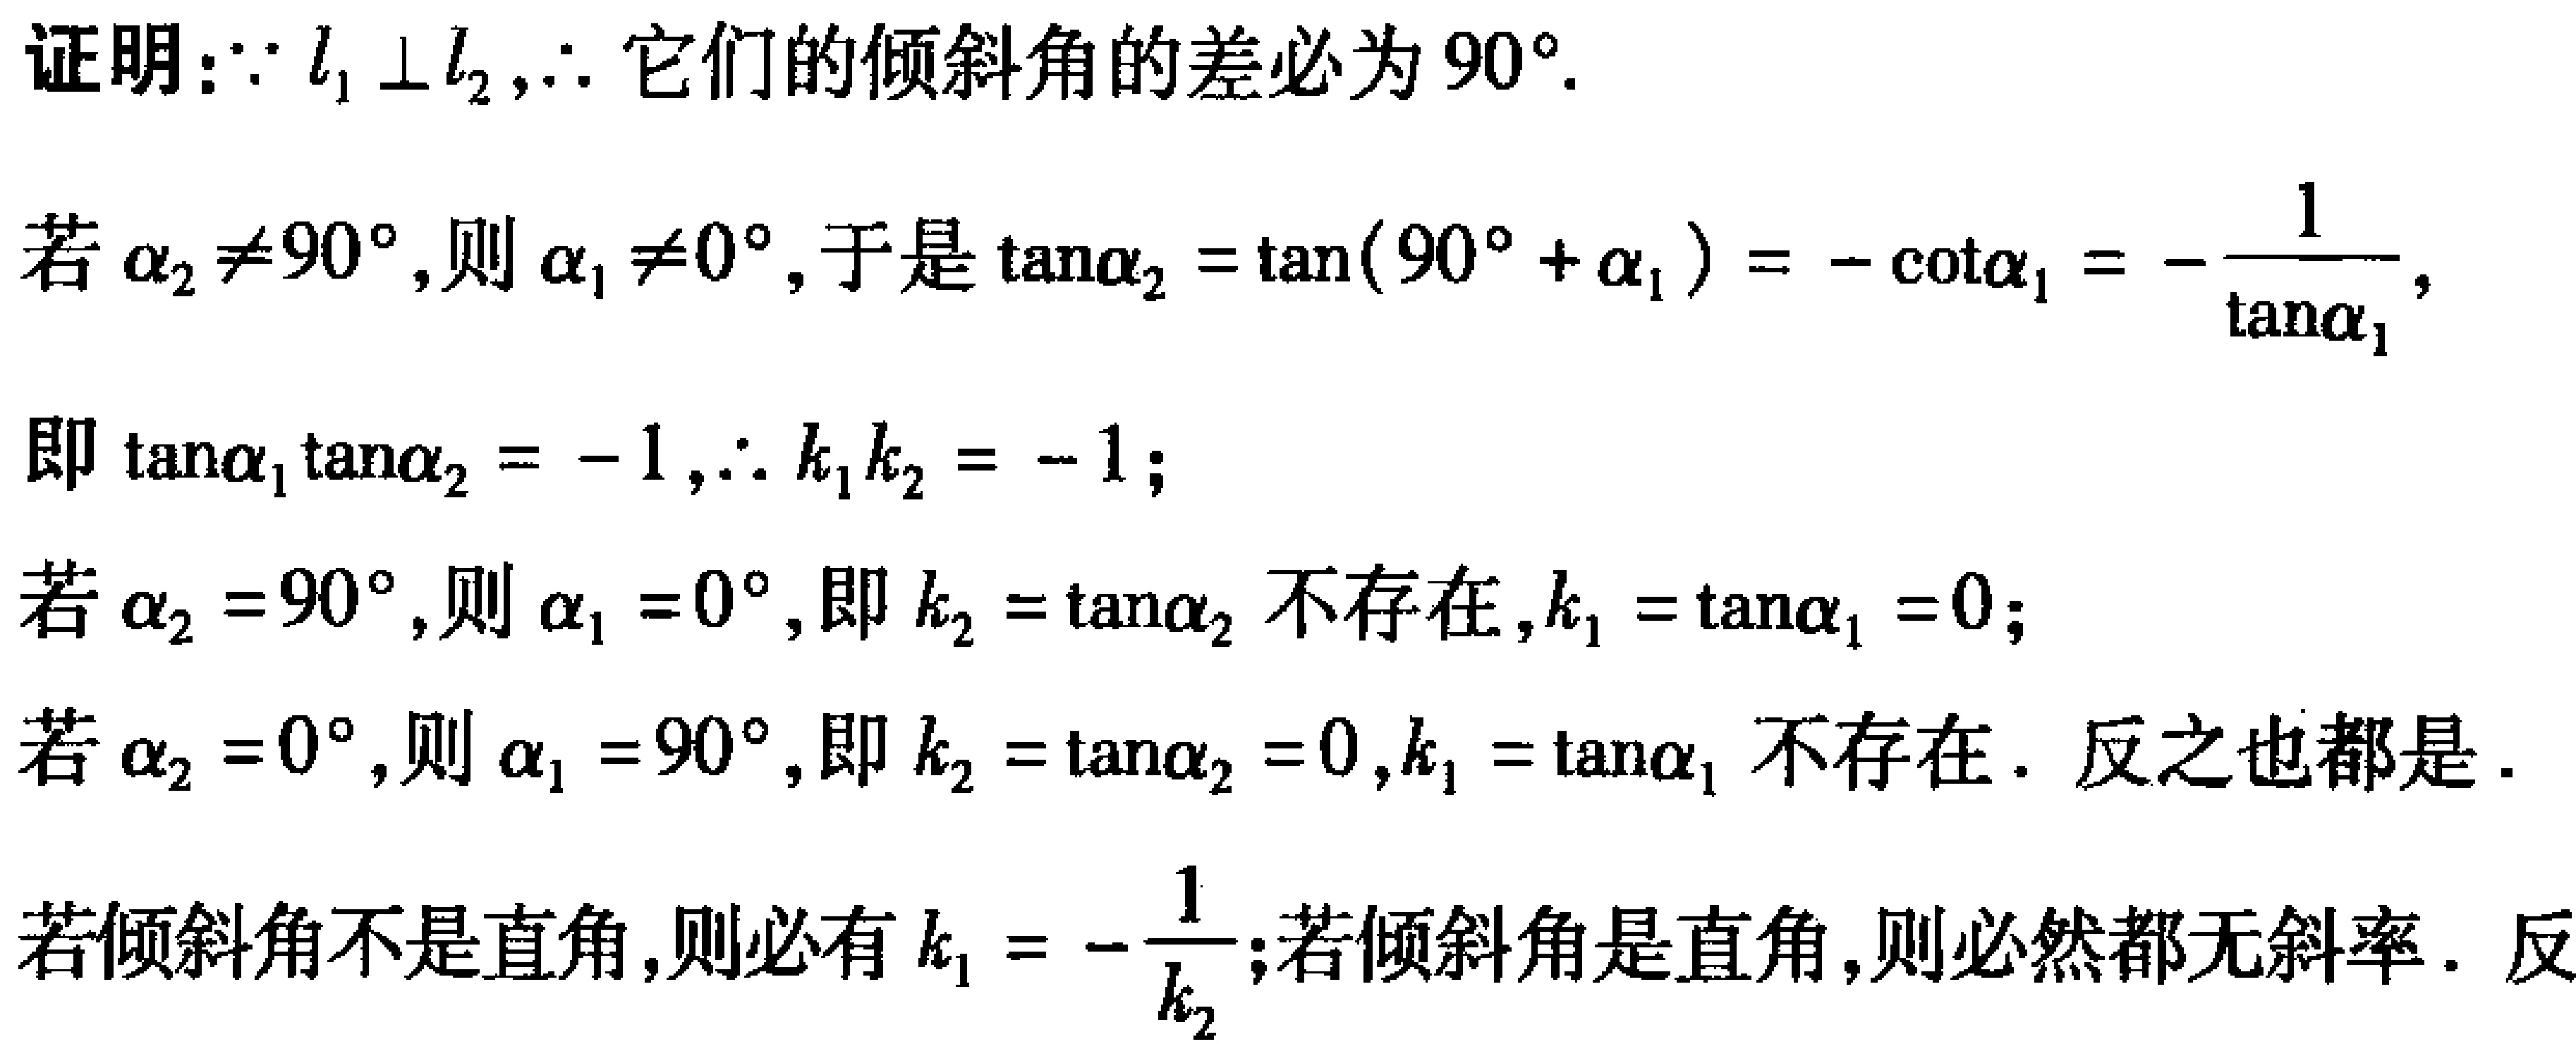
证明：$\because l_1\perp l_2$,$\therefore$ 它们的倾斜角的差必为 $90^{\circ}$.
若 $\alpha_2\neq90^{\circ}$,则 $\alpha_1\neq0^{\circ}$,于是 $\tan\alpha_2 = \tan(90^{\circ}+\alpha_1)=-\cot\alpha_1 = -\frac{1}{\tan\alpha_1}$,
即 $\tan\alpha_1\tan\alpha_2 = -1$,$\therefore k_1k_2 = -1$;
若 $\alpha_2 = 90^{\circ}$,则 $\alpha_1 = 0^{\circ}$,即 $k_2 = \tan\alpha_2$ 不存在,$k_1 = \tan\alpha_1 = 0$;
若 $\alpha_2 = 0^{\circ}$,则 $\alpha_1 = 90^{\circ}$,即 $k_2 = \tan\alpha_2 = 0$,$k_1 = \tan\alpha_1$ 不存在. 反之也都是.
若倾斜角不是直角,则必有 $k_1 = -\frac{1}{k_2}$;若倾斜角是直角,则必然都无斜率. 反